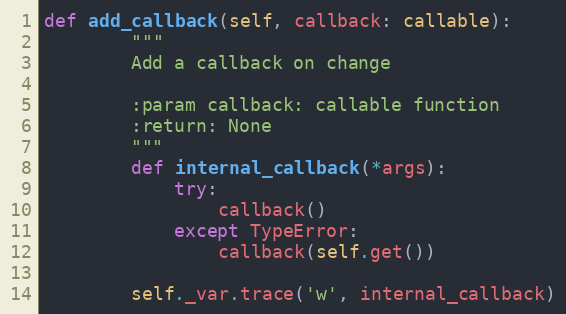
Language: Python
def add_callback(self, callback: callable):
        """
        Add a callback on change

        :param callback: callable function
        :return: None
        """
        def internal_callback(*args):
            try:
                callback()
            except TypeError:
                callback(self.get())

        self._var.trace('w', internal_callback)